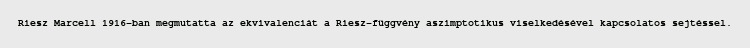
Riesz Marcell 1916-ban megmutatta az ekvivalenciát a Riesz-függvény aszimptotikus viselkedésével kapcsolatos sejtéssel.